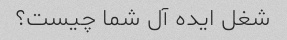
شغل ایده آل شما چیست؟